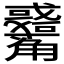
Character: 𧥑